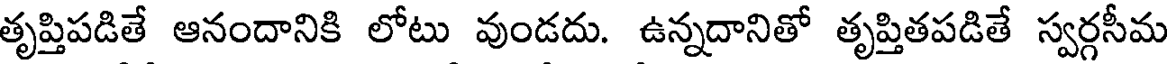
తృప్తిపడితే ఆనందానికి లోటు వుండదు. ఉన్నదానితో తృప్తితపడితే స్వర్గసీమ